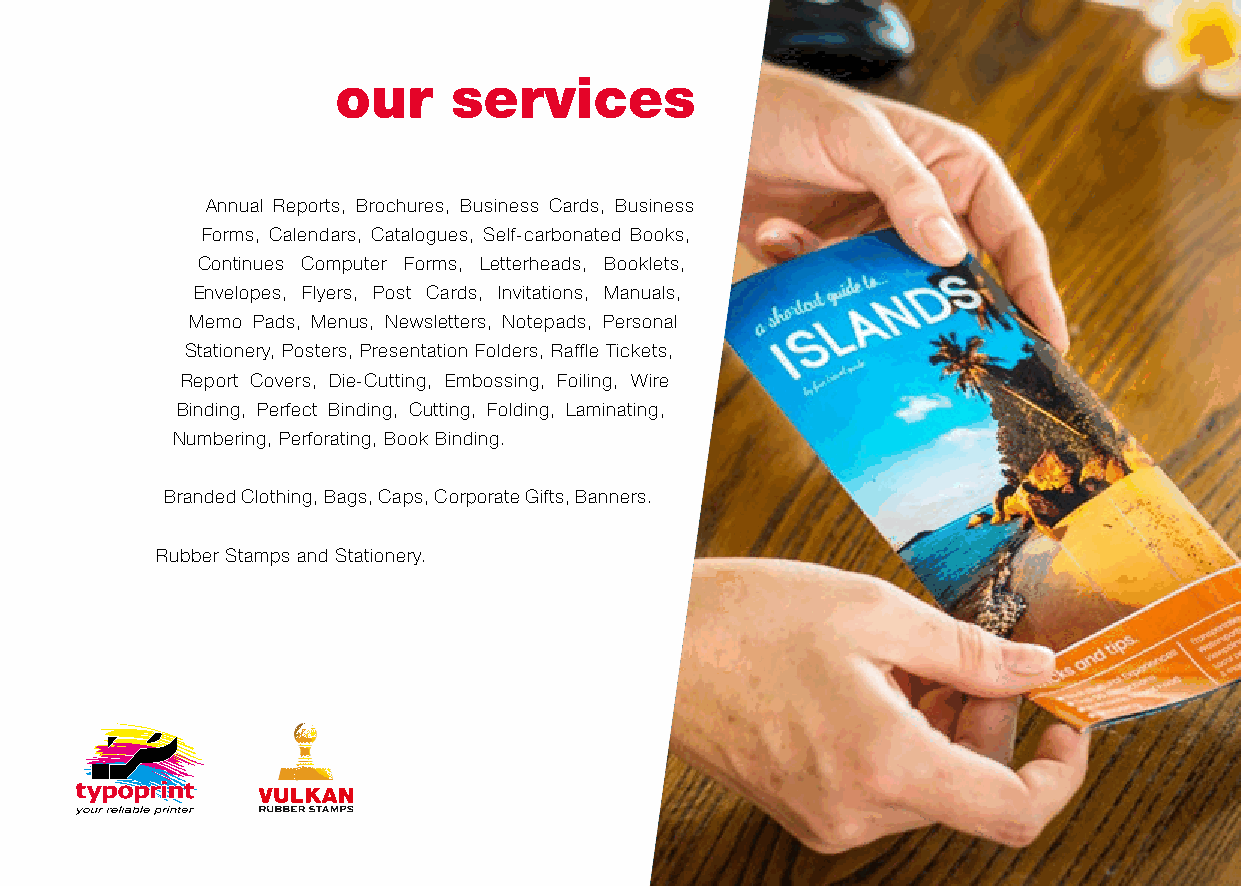
our     services
 Annual Reports, Brochures, Business Cards, Business
 Forms, Calendars, Catalogues, Self-carbonated Books,
 Continues Computer Forms, Letterheads, Booklets,
 Envelopes, Flyers, Post Cards, Invitations, Manuals,
 Memo Pads, Menus, Newsletters, Notepads, Personal
 Stationery, Posters, Presentation Folders, Raffle Tickets,
 Report Covers, Die-Cutting, Embossing, Foiling, Wire
 Binding, Perfect Binding, Cutting, Folding, Laminating,
 Numbering, Perforating, Book Binding.
 Branded Clothing, Bags, Caps, Corporate Gifts, Banners.
 Rubber Stamps and Stationery.